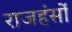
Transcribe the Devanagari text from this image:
राजहंसों